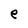
Character: e